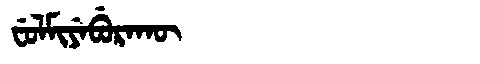
Manchu: ᠸᡠᠯᠮᡳᠶᡝᠪᡠᡵᠠᡴᡡ
Romanization: FULMIYEBURAKŪ